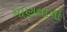
માણવાનો